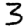
Digit: 3